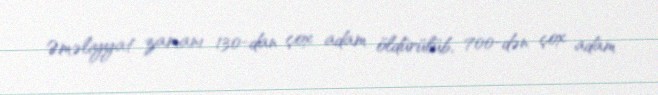
Əməliyyat zamanı 130-dan çox adam öldürülüb, 700-dən çox adam